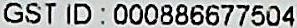
GST ID : 000886677504